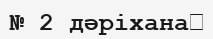
№ 2 дәріхана​